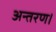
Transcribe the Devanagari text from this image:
अन्तरण।